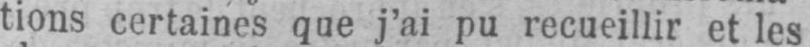
tions certaines que j’ai pu recueillir et les